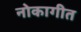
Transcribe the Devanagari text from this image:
नोकागीत